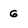
Character: G